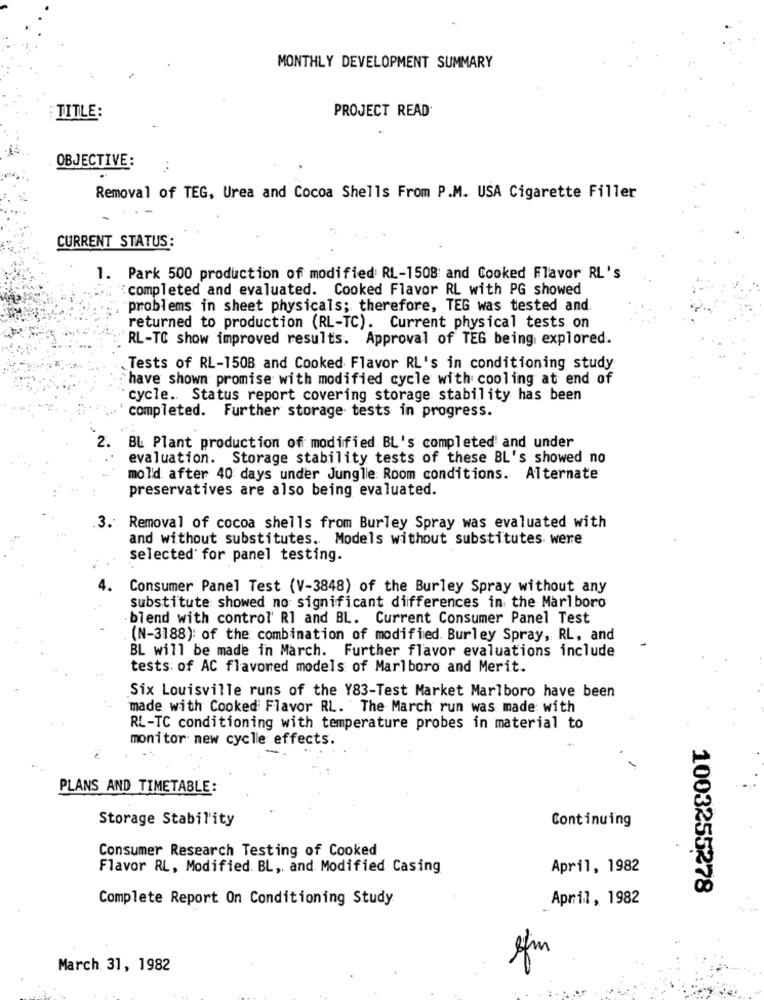
MONTHLY DEVELOPMENT SUMMARY
PROJECT READ
TITLE:
OBJECTIVE:
Removal of TEG, Urea and Cocoa Shells From P.M. USA Cigarette Filler
CURRENT STATUS:
1. Park 500 production of modified RL-1508 and Cooked Flavor RL's
: completed and evaluated. Cooked Flavor RL with PG showed
problems in sheet physicals; therefore, TEG was tested and.
returned to production (RL-TC). Current physical tests on
RL-TO show improved results. Approval of TEG being explored.
Tests of RL-150B and Cooked Flavor RL's in conditioning study
have shown promise with modified cycle with cooling at end of
cycle .. Status report covering storage stability has been
completed. Further storage tests in progress.
2.
BL Plant production of modified BL's completed' and under
evaluation. Storage stability tests of these BL's showed no
mold. after 40 days under Jungle: Room conditions. Alternate
preservatives are also being evaluated.
3. Removal of cocoa shells from Burley Spray was evaluated with
and without substitutes. Models without substitutes were
selected' for panel testing.
Consumer Panel Test (V-3848) of the Burley Spray without any
substitute showed no significant differences in the Marlboro
blend with control' R1 and BL. Current Consumer Panel Test
(N-3188): of the combination of modified. Burley Spray, RL, and
BL will be made in March. Further flavor evaluations include
tests: of AC flavored models of Marlboro and Merit.
Six Louisville runs of the Y83-Test Market Marlboro have been
made with Cooked Flavor RL. The March run was made with
RL-TC conditioning with temperature probes in material to
monitor new cycle effects.
PLANS AND TIMETABLE:
Storage Stability
Continuing
Consumer Research Testing of Cooked
Flavor RL, Modified. BL, and Modified Casing
April, 1982
1003255278
Complete Report On Conditioning Study
April, 1982
March 31, 1982